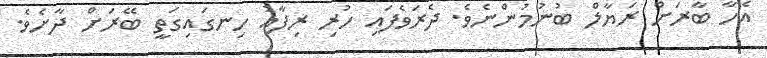
އެހާ ބާރަށް ރަޔާލް ބުނުމުންނެވެ. ދެރަވެފައި ހުރި ރިފާއު ހިނގައިގަތީ ބޭރަށް ދާށެވެ.